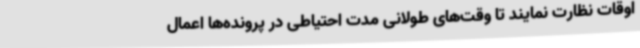
اوقات نظارت نمایند تا وقت‌های طولانی مدت احتیاطی در پرونده‌ها اعمال